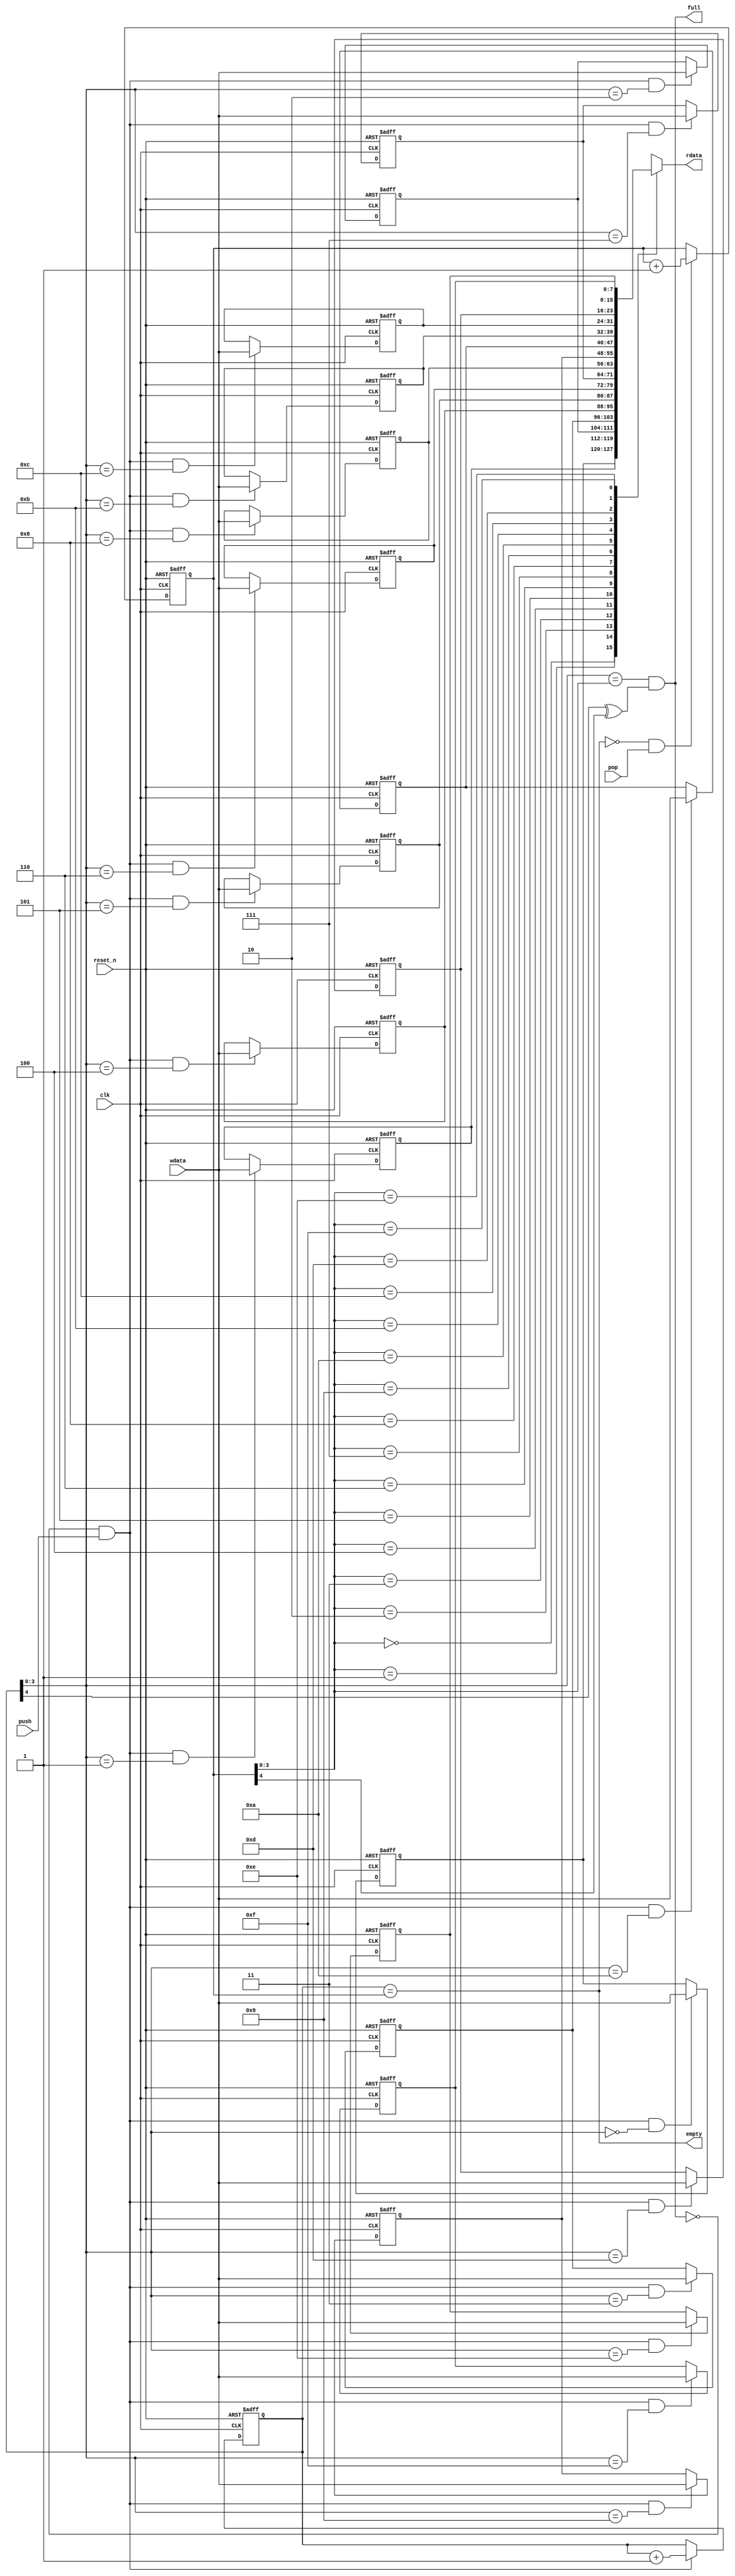
`timescale 1ns/1ps

// 16 depth fifo

module uart_fifo(clk,reset_n,wdata,rdata,push,pop,empty,full);
   input        clk;
   input        reset_n;
   
   input [7:0]  wdata;
   output [7:0] rdata;
   input        push;
   input        pop;
   output       empty;
   output       full;

   reg [7:0] 	r_fifo_data_d0;
   reg [7:0] 	r_fifo_data_d1;
   reg [7:0] 	r_fifo_data_d2;
   reg [7:0] 	r_fifo_data_d3;
   reg [7:0] 	r_fifo_data_d4;
   reg [7:0] 	r_fifo_data_d5;
   reg [7:0] 	r_fifo_data_d6;
   reg [7:0] 	r_fifo_data_d7;
   reg [7:0] 	r_fifo_data_d8;
   reg [7:0] 	r_fifo_data_d9;
   reg [7:0] 	r_fifo_data_d10;
   reg [7:0] 	r_fifo_data_d11;
   reg [7:0] 	r_fifo_data_d12;
   reg [7:0] 	r_fifo_data_d13;
   reg [7:0] 	r_fifo_data_d14;
   reg [7:0] 	r_fifo_data_d15;

   reg [4:0] 	r_wrptr;
   reg [4:0] 	r_rdptr;

   reg [7:0] 	c_rdata;
   
   wire         w_fifo_full;
   wire         w_fifo_empty;
   wire         w_valid_push;
   wire         w_valid_pop;
   
   parameter    p_dly=0.001;   
   
   assign       w_fifo_empty = ( r_wrptr[4:0] == r_rdptr[4:0] ) ;
   assign       w_fifo_full  = ( ( r_wrptr[3:0] == r_rdptr[3:0] ) & (r_wrptr[4] ^ r_rdptr[4]) );
   assign       w_valid_push = (~w_fifo_full) & push;
   assign       w_valid_pop  = (~w_fifo_empty) & pop;
   assign       rdata = c_rdata;
   assign       empty = w_fifo_empty;
   assign       full  = w_fifo_full;

   // r_wrptr
   always @(posedge clk or negedge reset_n) begin
      if (~reset_n) begin
	 r_wrptr <= 5'd0;
      end
      else begin
	 if (w_valid_push) begin
	    r_wrptr <= #p_dly r_wrptr + 1'b1;
	 end
	 else begin
	    r_wrptr <= #p_dly r_wrptr;
	 end
      end
   end // always @ (posedge clk or negedge reset_n)
   
   
   // r_rdptr
   always @(posedge clk or negedge reset_n) begin
      if (~reset_n) begin
	 r_rdptr <= 5'd0;
      end
      else begin
	 if (w_valid_pop) begin
	    r_rdptr <= #p_dly r_rdptr + 1'b1;
	 end
	 else begin
	    r_rdptr <= #p_dly r_rdptr;
	 end
      end
   end // always @ (posedge clk or negedge reset_n)

   // r_fifo_data_d0
   always @(posedge clk or negedge reset_n) begin
      if (~reset_n) begin
	 r_fifo_data_d0 <= 8'h00;
      end
      else begin
	 if (w_valid_push & (r_wrptr[3:0]==4'd0) ) begin
	    r_fifo_data_d0 <= #p_dly wdata;
	 end
	 else begin
	    r_fifo_data_d0 <= #p_dly r_fifo_data_d0;
	 end
      end
   end      
   
   // r_fifo_data_d1
   always @(posedge clk or negedge reset_n) begin
      if (~reset_n) begin
	 r_fifo_data_d1 <= 8'h00;
      end
      else begin
	 if (w_valid_push & (r_wrptr[3:0]==4'd1) ) begin
	    r_fifo_data_d1 <= #p_dly wdata;
	 end
	 else begin
	    r_fifo_data_d1 <= #p_dly r_fifo_data_d1;
	 end
      end
   end // always @ (posedge clk or negedge reset_n)
   
   // r_fifo_data_d2
   always @(posedge clk or negedge reset_n) begin
      if (~reset_n) begin
	 r_fifo_data_d2 <= 8'h00;
      end
      else begin
	 if (w_valid_push & (r_wrptr[3:0]==4'd2) ) begin
	    r_fifo_data_d2 <= #p_dly wdata;
	 end
	 else begin
	    r_fifo_data_d2 <= #p_dly r_fifo_data_d2;
	 end
      end
   end // always @ (posedge clk or negedge reset_n)

   // r_fifo_data_d3
   always @(posedge clk or negedge reset_n) begin
      if (~reset_n) begin
	 r_fifo_data_d3 <= 8'h00;
      end
      else begin
	 if (w_valid_push & (r_wrptr[3:0]==4'd3) ) begin
	    r_fifo_data_d3 <= #p_dly wdata;
	 end
	 else begin
	    r_fifo_data_d3 <= #p_dly r_fifo_data_d3;
	 end
      end
   end // always @ (posedge clk or negedge reset_n)
   
   // r_fifo_data_d4
   always @(posedge clk or negedge reset_n) begin
      if (~reset_n) begin
	 r_fifo_data_d4 <= 8'h00;
      end
      else begin
	 if (w_valid_push & (r_wrptr[3:0]==4'd4) ) begin
	    r_fifo_data_d4 <= #p_dly wdata;
	 end
	 else begin
	    r_fifo_data_d4 <= #p_dly r_fifo_data_d4;
	 end
      end
   end // always @ (posedge clk or negedge reset_n)

   // r_fifo_data_d5
   always @(posedge clk or negedge reset_n) begin
      if (~reset_n) begin
	 r_fifo_data_d5 <= 8'h00;
      end
      else begin
	 if (w_valid_push & (r_wrptr[3:0]==4'd5) ) begin
	    r_fifo_data_d5 <= #p_dly wdata;
	 end
	 else begin
	    r_fifo_data_d5 <= #p_dly r_fifo_data_d5;
	 end
      end
   end // always @ (posedge clk or negedge reset_n)
   
   // r_fifo_data_d6
   always @(posedge clk or negedge reset_n) begin
      if (~reset_n) begin
	 r_fifo_data_d6 <= 8'h00;
      end
      else begin
	 if (w_valid_push & (r_wrptr[3:0]==4'd6) ) begin
	    r_fifo_data_d6 <= #p_dly wdata;
	 end
	 else begin
	    r_fifo_data_d6 <= #p_dly r_fifo_data_d6;
	 end
      end
   end // always @ (posedge clk or negedge reset_n)

   // r_fifo_data_d7
   always @(posedge clk or negedge reset_n) begin
      if (~reset_n) begin
	 r_fifo_data_d7 <= 8'h00;
      end
      else begin
	 if (w_valid_push & (r_wrptr[3:0]==4'd7) ) begin
	    r_fifo_data_d7 <= #p_dly wdata;
	 end
	 else begin
	    r_fifo_data_d7 <= #p_dly r_fifo_data_d7;
	 end
      end
   end // always @ (posedge clk or negedge reset_n)

   // r_fifo_data_d8
   always @(posedge clk or negedge reset_n) begin
      if (~reset_n) begin
	 r_fifo_data_d8 <= 8'h00;
      end
      else begin
	 if (w_valid_push & (r_wrptr[3:0]==4'd8) ) begin
	    r_fifo_data_d8 <= #p_dly wdata;
	 end
	 else begin
	    r_fifo_data_d8 <= #p_dly r_fifo_data_d8;
	 end
      end
   end // always @ (posedge clk or negedge reset_n)

   // r_fifo_data_d9
   always @(posedge clk or negedge reset_n) begin
      if (~reset_n) begin
	 r_fifo_data_d9 <= 8'h00;
      end
      else begin
	 if (w_valid_push & (r_wrptr[3:0]==4'd9) ) begin
	    r_fifo_data_d9 <= #p_dly wdata;
	 end
	 else begin
	    r_fifo_data_d9 <= #p_dly r_fifo_data_d9;
	 end
      end
   end // always @ (posedge clk or negedge reset_n)

   // r_fifo_data_d10
   always @(posedge clk or negedge reset_n) begin
      if (~reset_n) begin
	 r_fifo_data_d10 <= 8'h00;
      end
      else begin
	 if (w_valid_push & (r_wrptr[3:0]==4'd10) ) begin
	    r_fifo_data_d10 <= #p_dly wdata;
	 end
	 else begin
	    r_fifo_data_d10 <= #p_dly r_fifo_data_d10;
	 end
      end
   end // always @ (posedge clk or negedge reset_n)

   // r_fifo_data_d11
   always @(posedge clk or negedge reset_n) begin
      if (~reset_n) begin
	 r_fifo_data_d11 <= 8'h00;
      end
      else begin
	 if (w_valid_push & (r_wrptr[3:0]==4'd11) ) begin
	    r_fifo_data_d11 <= #p_dly wdata;
	 end
	 else begin
	    r_fifo_data_d11 <= #p_dly r_fifo_data_d11;
	 end
      end
   end // always @ (posedge clk or negedge reset_n)

   // r_fifo_data_d12
   always @(posedge clk or negedge reset_n) begin
      if (~reset_n) begin
	 r_fifo_data_d12 <= 8'h00;
      end
      else begin
	 if (w_valid_push & (r_wrptr[3:0]==4'd12) ) begin
	    r_fifo_data_d12 <= #p_dly wdata;
	 end
	 else begin
	    r_fifo_data_d12 <= #p_dly r_fifo_data_d12;
	 end
      end
   end // always @ (posedge clk or negedge reset_n)

   // r_fifo_data_d13
   always @(posedge clk or negedge reset_n) begin
      if (~reset_n) begin
	 r_fifo_data_d13 <= 8'h00;
      end
      else begin
	 if (w_valid_push & (r_wrptr[3:0]==4'd13) ) begin
	    r_fifo_data_d13 <= #p_dly wdata;
	 end
	 else begin
	    r_fifo_data_d13 <= #p_dly r_fifo_data_d13;
	 end
      end
   end // always @ (posedge clk or negedge reset_n)

   // r_fifo_data_d14
   always @(posedge clk or negedge reset_n) begin
      if (~reset_n) begin
	 r_fifo_data_d14 <= 8'h00;
      end
      else begin
	 if (w_valid_push & (r_wrptr[3:0]==4'd14) ) begin
	    r_fifo_data_d14 <= #p_dly wdata;
	 end
	 else begin
	    r_fifo_data_d14 <= #p_dly r_fifo_data_d14;
	 end
      end
   end // always @ (posedge clk or negedge reset_n)

   // r_fifo_data_d15
   always @(posedge clk or negedge reset_n) begin
      if (~reset_n) begin
	 r_fifo_data_d15 <= 8'h00;
      end
      else begin
	 if (w_valid_push & (r_wrptr[3:0]==4'd15) ) begin
	    r_fifo_data_d15 <= #p_dly wdata;
	 end
	 else begin
	    r_fifo_data_d15 <= #p_dly r_fifo_data_d15;
	 end
      end
   end // always @ (posedge clk or negedge reset_n)
   


   always @(r_rdptr or 
	    r_fifo_data_d0 or r_fifo_data_d1 or
	    r_fifo_data_d2 or r_fifo_data_d3 or
	    r_fifo_data_d4 or r_fifo_data_d5 or
	    r_fifo_data_d6 or r_fifo_data_d7 or
	    r_fifo_data_d8 or r_fifo_data_d9 or
	    r_fifo_data_d10 or r_fifo_data_d11 or
	    r_fifo_data_d12 or r_fifo_data_d13 or
	    r_fifo_data_d14 or r_fifo_data_d15 ) begin
      case (r_rdptr[3:0])
	4'd0 : c_rdata = r_fifo_data_d0;
	4'd1 : c_rdata = r_fifo_data_d1;
	4'd2 : c_rdata = r_fifo_data_d2;
	4'd3 : c_rdata = r_fifo_data_d3;
	4'd4 : c_rdata = r_fifo_data_d4;
	4'd5 : c_rdata = r_fifo_data_d5;
	4'd6 : c_rdata = r_fifo_data_d6;
	4'd7 : c_rdata = r_fifo_data_d7;
	4'd8 : c_rdata = r_fifo_data_d8;
	4'd9 : c_rdata = r_fifo_data_d9;
	4'd10: c_rdata = r_fifo_data_d10;
	4'd11: c_rdata = r_fifo_data_d11;
	4'd12: c_rdata = r_fifo_data_d12;
	4'd13: c_rdata = r_fifo_data_d13;
	4'd14: c_rdata = r_fifo_data_d14;
	4'd15: c_rdata = r_fifo_data_d15;
      endcase
   end // always @ (...
   
   
endmodule // uart_fifo